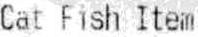
CAT FISH ITEM